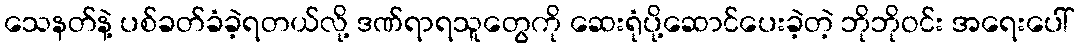
သေနတ်နဲ့ ပစ်ခတ်ခံခဲ့ရတယ်လို့ ဒဏ်ရာရသူတွေကို ဆေးရုံပို့ဆောင်ပေးခဲ့တဲ့ ဘိုဘိုဝင်း အရေးပေါ်